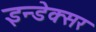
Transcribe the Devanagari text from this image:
इन्डेक्सर